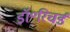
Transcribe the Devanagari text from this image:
डॉ॰रिचर्ड